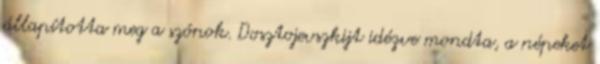
állapította meg a szónok. Dosztojevszkijt idézve mondta, a népeket